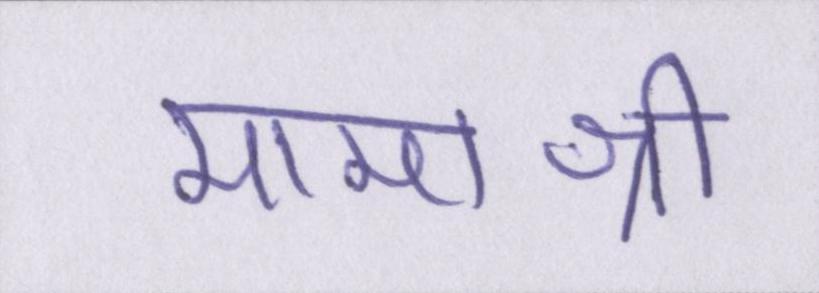
मामाश्री